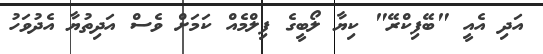
އަދި އެއީ "ބޭފިކްރޭ" ކިޔާ ލޯބީގެ ފިލްމެއް ކަމަށް ވެސް އަދިތުޔާ އެދުވަހު